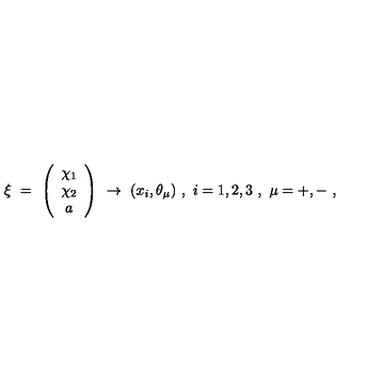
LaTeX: \xi \ = \ \left( \begin{array} { c } { \chi _ { 1 } } \\ { \chi _ { 2 } } \\ { a } \\ \end{array} \right) \ \to \ ( x _ { i } , \theta _ { \mu } ) \ , \ i = 1 , 2 , 3 \ , \ \mu = + , - \ ,